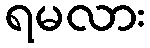
ရမလား